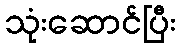
သုံးဆောင်ပြီး